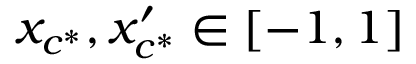
x _ { c ^ { * } } , x _ { c ^ { * } } ^ { \prime } \in [ - 1 , 1 ]